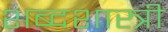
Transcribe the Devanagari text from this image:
शब्दशास्त्री